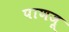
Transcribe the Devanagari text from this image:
पाणजू